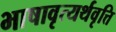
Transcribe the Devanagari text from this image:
भाषावृत्यर्थवृत्ति